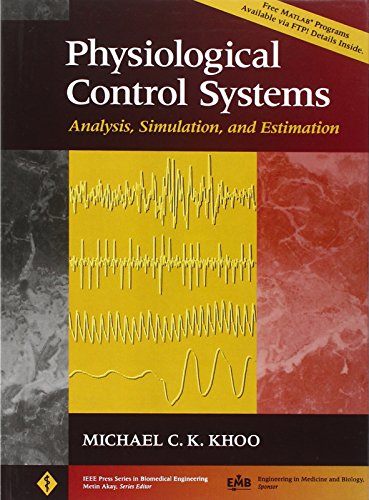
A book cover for Physiological Control Systems: Analysis, Simulation, and Estimation; Michael C. K. Khoo; Medical Books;